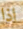
اذا